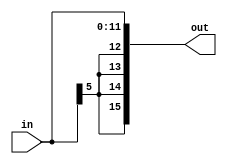
module Sext12b(input[11:0] in, output reg[15:0] out);

	always @ (in)
		out = {in[5],in[5],in[5],in[5],in};

endmodule